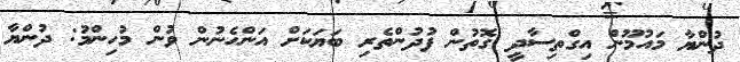
ދުންޔާ މައުމޫން އިގްތިސާދީ ގޮތުން ފުދުންތެރި ބަޔަކަށް އަންހެނުން ވުން މުހިންމު: ދުންޔާ